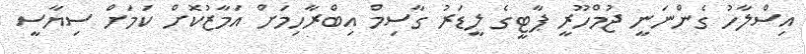
އިސްލާހު ގެންނަނީ ޖުމްހޫރީ ޕާޓީގެ ލީޑަރު ގާސިމް އިބްރާހިމަށް އަމާޒުކޮށް ކަމަށް ސިޔާސީ